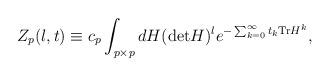
LaTeX: \begin{align*}Z_{p}(l,t)\equiv c_{p}\int_{p\times p}dH ({\rm det}H)^{l}e^{-\sum_{k=0}^{\infty}t_{k}{\rm Tr}H^{k}},\end{align*}